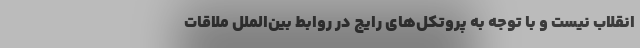
انقلاب نیست و با توجه به پروتکل‌های رایج در روابط بین‌الملل ملاقات